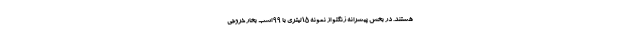
هستند. در بخش پیشرانه ژنگتو از نمونه 1.5 لیتری با 99 اسب بخار خروجی